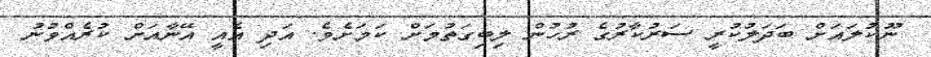
ނޫކުލައަށް ބަދަލުކުރީ ސަރުކާރުގެ ރުހުން ލިބިގަތުމަށް ކަމަށެވެ. އަދި އެއީ އޭނާއަށް ކުރެއްވުނު